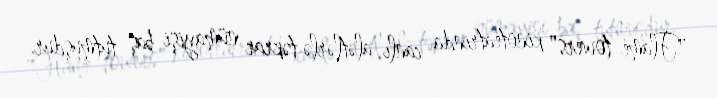
"Flame towers" kinoteatrında canlı alətlərlə təkrar nümayişi baş tutmuşdur.